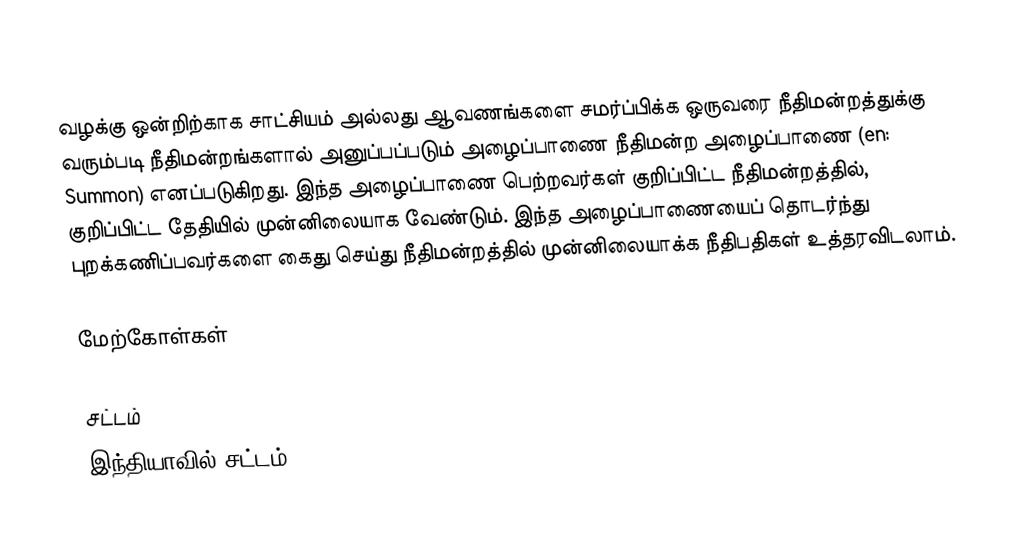
வழக்கு ஒன்றிற்காக சாட்சியம் அல்லது ஆவணங்களை சமர்ப்பிக்க ஒருவரை நீதிமன்றத்துக்கு வரும்படி நீதிமன்றங்களால் அனுப்பப்படும் அழைப்பாணை நீதிமன்ற அழைப்பாணை (en: Summon) எனப்படுகிறது. இந்த அழைப்பாணை பெற்றவர்கள் குறிப்பிட்ட நீதிமன்றத்தில், குறிப்பிட்ட தேதியில் முன்னிலையாக வேண்டும்.  இந்த அழைப்பாணையைப் தொடர்ந்து புறக்கணிப்பவர்களை கைது செய்து நீதிமன்றத்தில் முன்னிலையாக்க நீதிபதிகள் உத்தரவிடலாம்.

மேற்கோள்கள்

சட்டம்
இந்தியாவில் சட்டம்